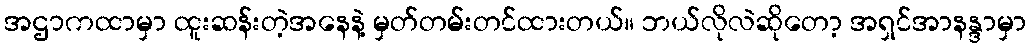
အဌာကထာမှာ ထူးဆန်းတဲ့အနေနဲ့ မှတ်တမ်းတင်ထားတယ်။ ဘယ်လိုလဲဆိုတော့ အရှင်အာနန္ဒာမှာ